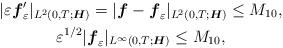
LaTeX: \begin{gather*}|\varepsilon \boldsymbol{f}_\varepsilon ' |_{L^2(0,T;\boldsymbol{H})} = |\boldsymbol{f}-\boldsymbol{f}_\varepsilon |_{L^2(0,T;\boldsymbol{H})} \le M_{10},\\\varepsilon ^{1/2} |\boldsymbol{f}_\varepsilon|_{L^\infty (0,T;\boldsymbol{H})}\le M_{10},\end{gather*}